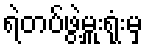
ရဲတပ်ဖွဲ့မှူးရုံးမှ